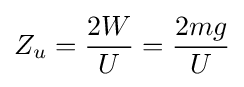
Z_{u}={\frac {2W}{U}}={\frac {2mg}{U}}